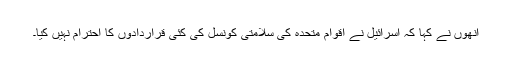
انھوں نے کہا کہ اسرائیل نے اقوام متحدہ کی سلامتی کونسل کی کئی قراردادوں کا احترام نہیں کیا۔